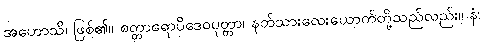
အဟောသိ၊ ဖြစ်၏။ စတ္တာရောပိဒေဝပုတ္တာ၊ နတ်သားလေးယောက်တို့သည်လည်း။ နံ၊